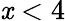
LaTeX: \mathit{x}<4